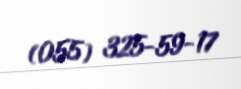
(055) 325-59-17